Annual administration report of the Civil Veterinary Department of India - 1901-1902
Year: 1901
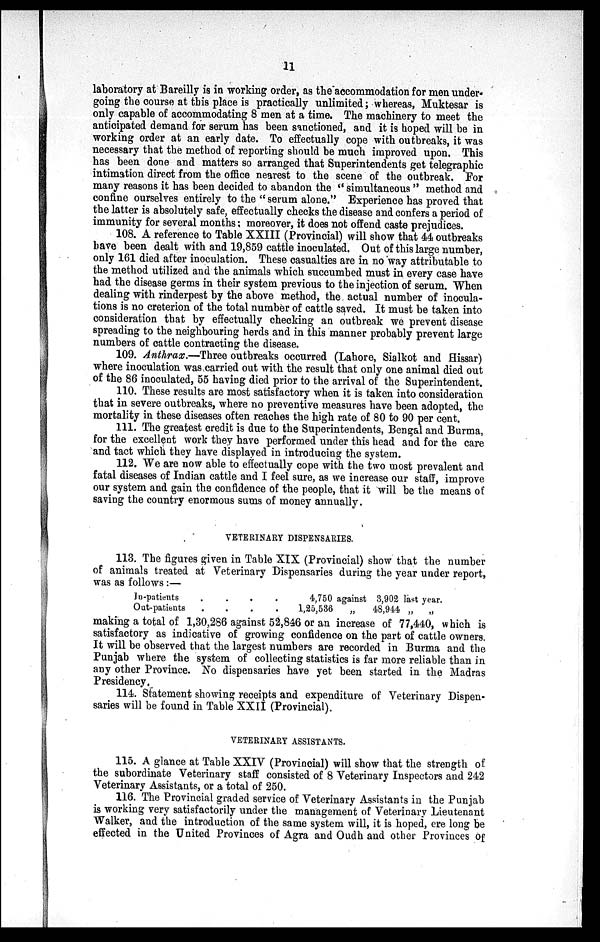
11
laboratory at Bareilly is in working order, as the accommodation for men under-
going the course at this place is practically unlimited; whereas, Muktesar is
only capable of accommodating 8 men at a time. The machinery to meet the
anticipated demand for serum has been sanctioned, and it is hoped will be in
working order at an early date. To effectually cope with outbreaks, it was
necessary that the method of reporting should be much improved upon. This
has been done and matters so arranged that Superintendents get telegraphic
intimation direct from the office nearest to the scene of the outbreak. For
many reasons it has been decided to abandon the " simultaneous " method and
confine ourselves entirely to the "serum alone." Experience has proved that
the latter is absolutely safe, effectually checks the disease and confers a period of
immunity for several months; moreover, it does not offend caste prejudices.
108. A reference to Table XXIII (Provincial) will show that 44 outbreaks
have been dealt with and 19,859 cattle inoculated. Out of this large number,
only 161 died after inoculation. These casualties are in no way attributable to
the method utilized and the animals which succumbed must in every case have
had the disease germs in their system previous to the injection of serum. When
dealing with rinderpest by the above method, the actual number of inocula-
tions is no creterion of the total number of cattle saved. It must be taken into
consideration that by effectually checking an outbreak we prevent disease
spreading to the neighbouring herds and in this manner probably prevent large
numbers of cattle contracting the disease.
109. Anthrax.—Three outbreaks occurred (Lahore, Sialkot and Hissar)
where inoculation was carried out with the result that only one animal died out
of the 86 inoculated, 55 having died prior to the arrival of the Superintendent.
110. These results are most satisfactory when it is taken into consideration
that in severe outbreaks, where no preventive measures have been adopted, the
mortality in these diseases often reaches the high rate of 80 to 90 per cent.
111. The greatest credit is due to the Superintendents, Bengal and Burma,
for the excellent work they have performed under this head and for the care
and tact which they have displayed in introducing the system.
112. We are now able to effectually cope with the two most prevalent and
fatal diseases of Indian cattle and I feel sure, as we increase our staff, improve
our system and gain the confidence of the people, that it will be the means of
saving the country enormous sums of money annually.
VETERINARY DISPENSARIES.
113. The figures given in Table XIX (Provincial) show that the number
of animals treated at Veterinary Dispensaries during the year under report,
was as follows :—
In-patients
Out-patients
.
.
.
.
.
.
.
.
4,750 against
1,25,536
„
3,902 last year.
48,944 „
„
making a total of 1,30,286 against 52,846 or an increase of 77,440, which is
satisfactory as indicative of growing confidence on the part of cattle owners.
It will be observed that the largest numbers are recorded in Burma and the
Punjab where the system of collecting statistics is far more reliable than in
any other Province. No dispensaries have yet been started in the Madras
Presidency.
114. Statement showing receipts and expenditure of Veterinary Dispen-
saries will be found in Table XXII (Provincial).
VETERINARY ASSISTANTS.
115. A glance at Table XXIV (Provincial) will show that the strength of
the subordinate Veterinary staff consisted of 8 Veterinary Inspectors and 242
Veterinary Assistants, or a total of 250.
116. The Provincial graded service of Veterinary Assistants in the Punjab
is working very satisfactorily under the management of Veterinary Lieutenant
Walker, and the introduction of the same system will, it is hoped, ere long be
effected in the United Provinces of Agra and Oudh and other Provinces of